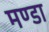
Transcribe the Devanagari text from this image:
मण्डा